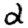
Digit: 2